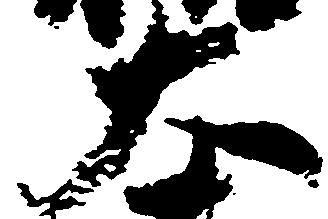
大